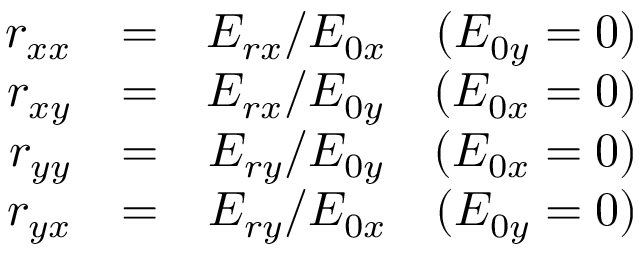
\begin{array} { r l r } { r _ { x x } } & { = } & { E _ { r x } / E _ { 0 x } \quad ( E _ { 0 y } = 0 ) } \\ { r _ { x y } } & { = } & { E _ { r x } / E _ { 0 y } \quad ( E _ { 0 x } = 0 ) } \\ { r _ { y y } } & { = } & { E _ { r y } / E _ { 0 y } \quad ( E _ { 0 x } = 0 ) } \\ { r _ { y x } } & { = } & { E _ { r y } / E _ { 0 x } \quad ( E _ { 0 y } = 0 ) } \end{array}